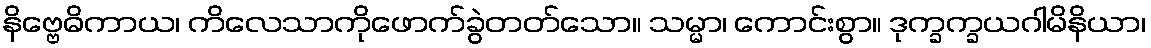
နိဗ္ဗေဓိကာယ၊ ကိလေသာကိုဖောက်ခွဲတတ်သော။ သမ္မာ၊ ကောင်းစွာ။ ဒုက္ခက္ခယဂါမိနိယာ၊